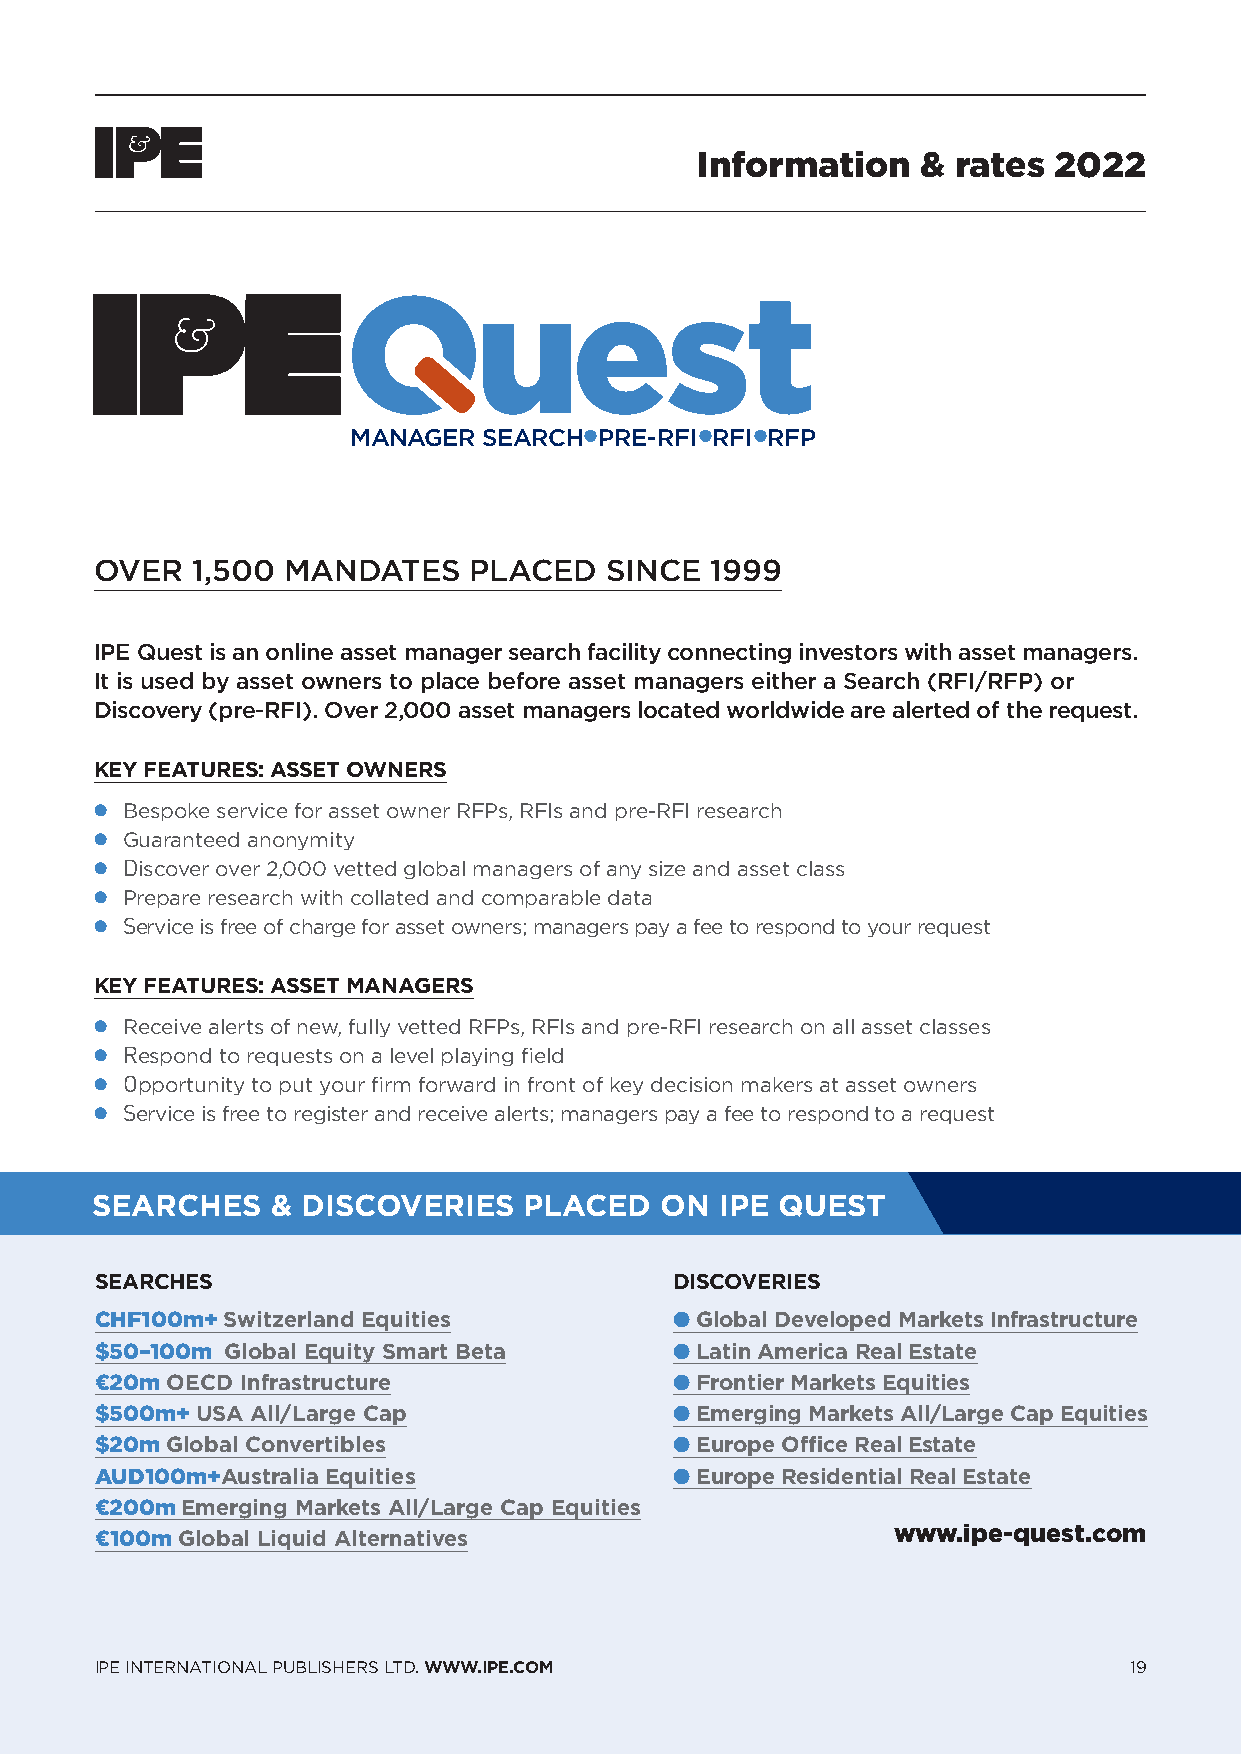
Information    & rates  2022
 MANAGER  SEARCHPRE-RFIRFIRFP
 OVER   1,500 MANDATES    PLACED   SINCE  1999
 IPE Quest is an online asset manager search facility connecting investors with asset managers.
 It is used by asset owners to place before asset managers either a Search (RFI/RFP) or
 Discovery (pre-RFI). Over 2,000 asset managers located worldwide are alerted of the request.
 KEY FEATURES: ASSET OWNERS
 l Bespoke service for asset owner RFPs, RFIs and pre-RFI research
 l Guaranteed anonymity
 l Discover over 2,000 vetted global managers of any size and asset class
 l Prepare research with collated and comparable data
 l Service is free of charge for asset owners; managers pay a fee to respond to your request
 KEY FEATURES: ASSET MANAGERS
 l Receive alerts of new, fully vetted RFPs, RFIs and pre-RFI research on all asset classes
 l Respond to requests on a level playing field
 l Opportunity to put your firm forward in front of key decision makers at asset owners
 l Service is free to register and receive alerts; managers pay a fee to respond to a request
 SEARCHES    & DISCOVERIES    PLACED   ON  IPE QUEST
 SEARCHES                               DISCOVERIES
 CHF100m+ Switzerland Equities          l Global Developed Markets Infrastructure
 $50–100m Global Equity Smart Beta      l L atin America Real Estate
 €20m OECD Infrastructure               l Frontier Markets Equities
 $500m+ USA All/Large Cap               l Emerging Markets All/Large Cap Equities
 $20m Global Convertibles               l Europe Office Real Estate
 AUD100m+Australia Equities             l Europe Residential Real Estate
 €200m Emerging Markets All/Large Cap Equities
 €100m Global Liquid Alternatives                     www.ipe-quest.com
 IPE INTERNATIONAL PUBLISHERS LTD. WWW.IPE.COM                        19